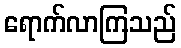
ရောက်လာကြသည်